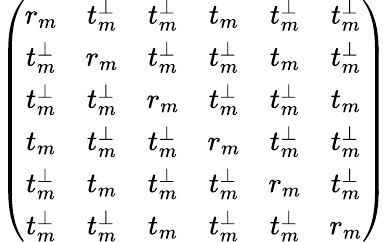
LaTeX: \left(\begin{array}{cccccc}{r_{m}}&{t_{m}^{\perp}}&{t_{m}^{\perp}}&{t_{m}}&{t_{m}^{\perp}}&{t_{m}^{\perp}}\\ {t_{m}^{\perp}}&{r_{m}}&{t_{m}^{\perp}}&{t_{m}^{\perp}}&{t_{m}}&{t_{m}^{\perp}}\\ {t_{m}^{\perp}}&{t_{m}^{\perp}}&{r_{m}}&{t_{m}^{\perp}}&{t_{m}^{\perp}}&{t_{m}}\\ {t_{m}}&{t_{m}^{\perp}}&{t_{m}^{\perp}}&{r_{m}}&{t_{m}^{\perp}}&{t_{m}^{\perp}}\\ {t_{m}^{\perp}}&{t_{m}}&{t_{m}^{\perp}}&{t_{m}^{\perp}}&{r_{m}}&{t_{m}^{\perp}}\\ {t_{m}^{\perp}}&{t_{m}^{\perp}}&{t_{m}}&{t_{m}^{\perp}}&{t_{m}^{\perp}}&{r_{m}}\end{array}\right)